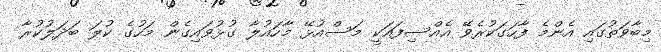
މިބާވަތުގައި އެންމެ ފާހަގަކުރެވޭ އެއްސިފައަކީ މަސްއުޅޭ މާހައުލާ ގުޅުވައިގެން މަހުގެ ކުލަ ބަދަލުކުރާ